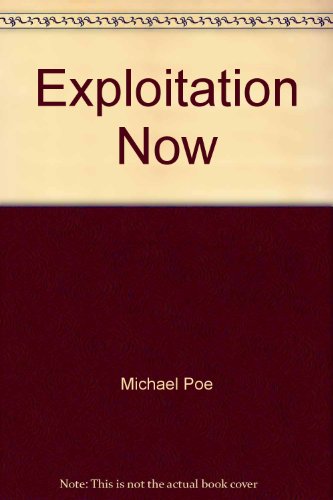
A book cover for Exploitation Now; Health, Fitness & Dieting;